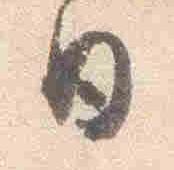
日